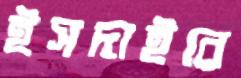
ইসদাইরে